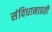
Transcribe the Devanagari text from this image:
संविधानाप्रती